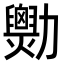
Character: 𠣆